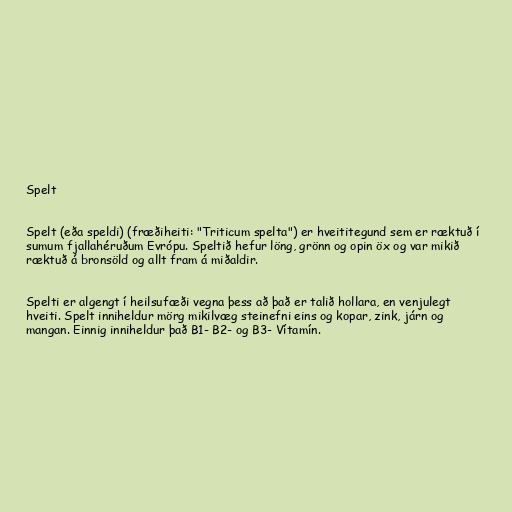
Spelt

Spelt (eða speldi) (fræðiheiti: "Triticum spelta") er hveititegund sem er ræktuð í
sumum fjallahéruðum Evrópu. Speltið hefur löng, grönn og opin öx og var mikið
ræktuð á bronsöld og allt fram á miðaldir.

Spelti er algengt í heilsufæði vegna þess að það er talið hollara, en venjulegt
hveiti. Spelt inniheldur mörg mikilvæg steinefni eins og kopar, zink, járn og
mangan. Einnig inniheldur það B1- B2- og B3- Vítamín.